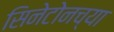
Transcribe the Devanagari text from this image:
सिनेटोनच्या